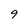
Character: 9